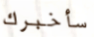
سأخبرك